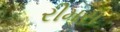
રીમસ